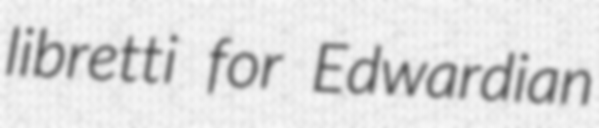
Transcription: libretti for Edwardian